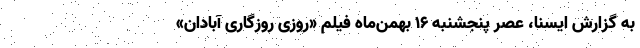
به گزارش ایسنا، عصر پنجشنبه 16 بهمن‌ماه فیلم «روزی روزگاری آبادان»